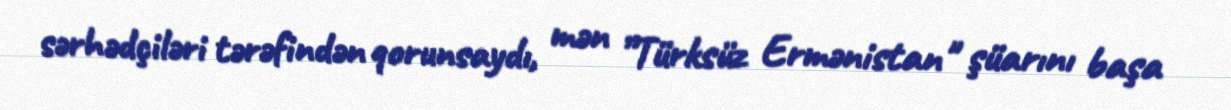
sərhədçiləri tərəfindən qorunsaydı, mən ”Türksüz Ermənistan" şüarını başa